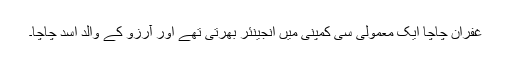
غفران چاچا ایک معمولی سی کمپنی میں انجینئر بھرتی تھے اور آرزو کے والد اسد چاچا۔